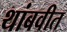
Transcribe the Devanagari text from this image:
थांबवीत